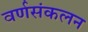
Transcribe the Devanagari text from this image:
वर्णसंकलन